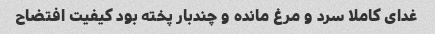
غدای کاملا سرد و مرغ مانده و چندبار پخته بود کیفیت افتضاح